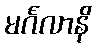
မင်္ဂလာနိ